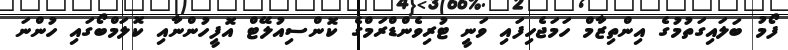
ފޯމު ބަލައިގަތުމުގެ އިންތިޒާމް ހަމަޖެހިފައި ވަނީ ޓުރިވެންޑްރަމްގެ ކޮންސިއުލޭޓް އޮފީހުންނާއި ކޮލަމްބޯގައި ހުންނަ